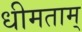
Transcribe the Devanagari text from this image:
धीमताम्‌